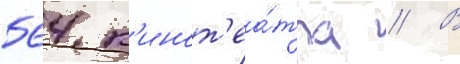
564 к'инот'еа́тра // В